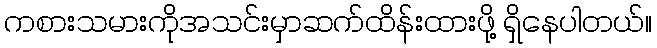
ကစားသမားကိုအသင်းမှာဆက်ထိန်းထားဖို့ ရှိနေပါတယ်။